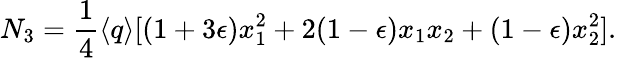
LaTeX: N_{3}=\frac{1}{4}\langle q\rangle[(1+3\epsilon)x_{1}^{2}+2(1-\epsilon)x_{1}x_{2}+(1-\epsilon)x_{2}^{2}].